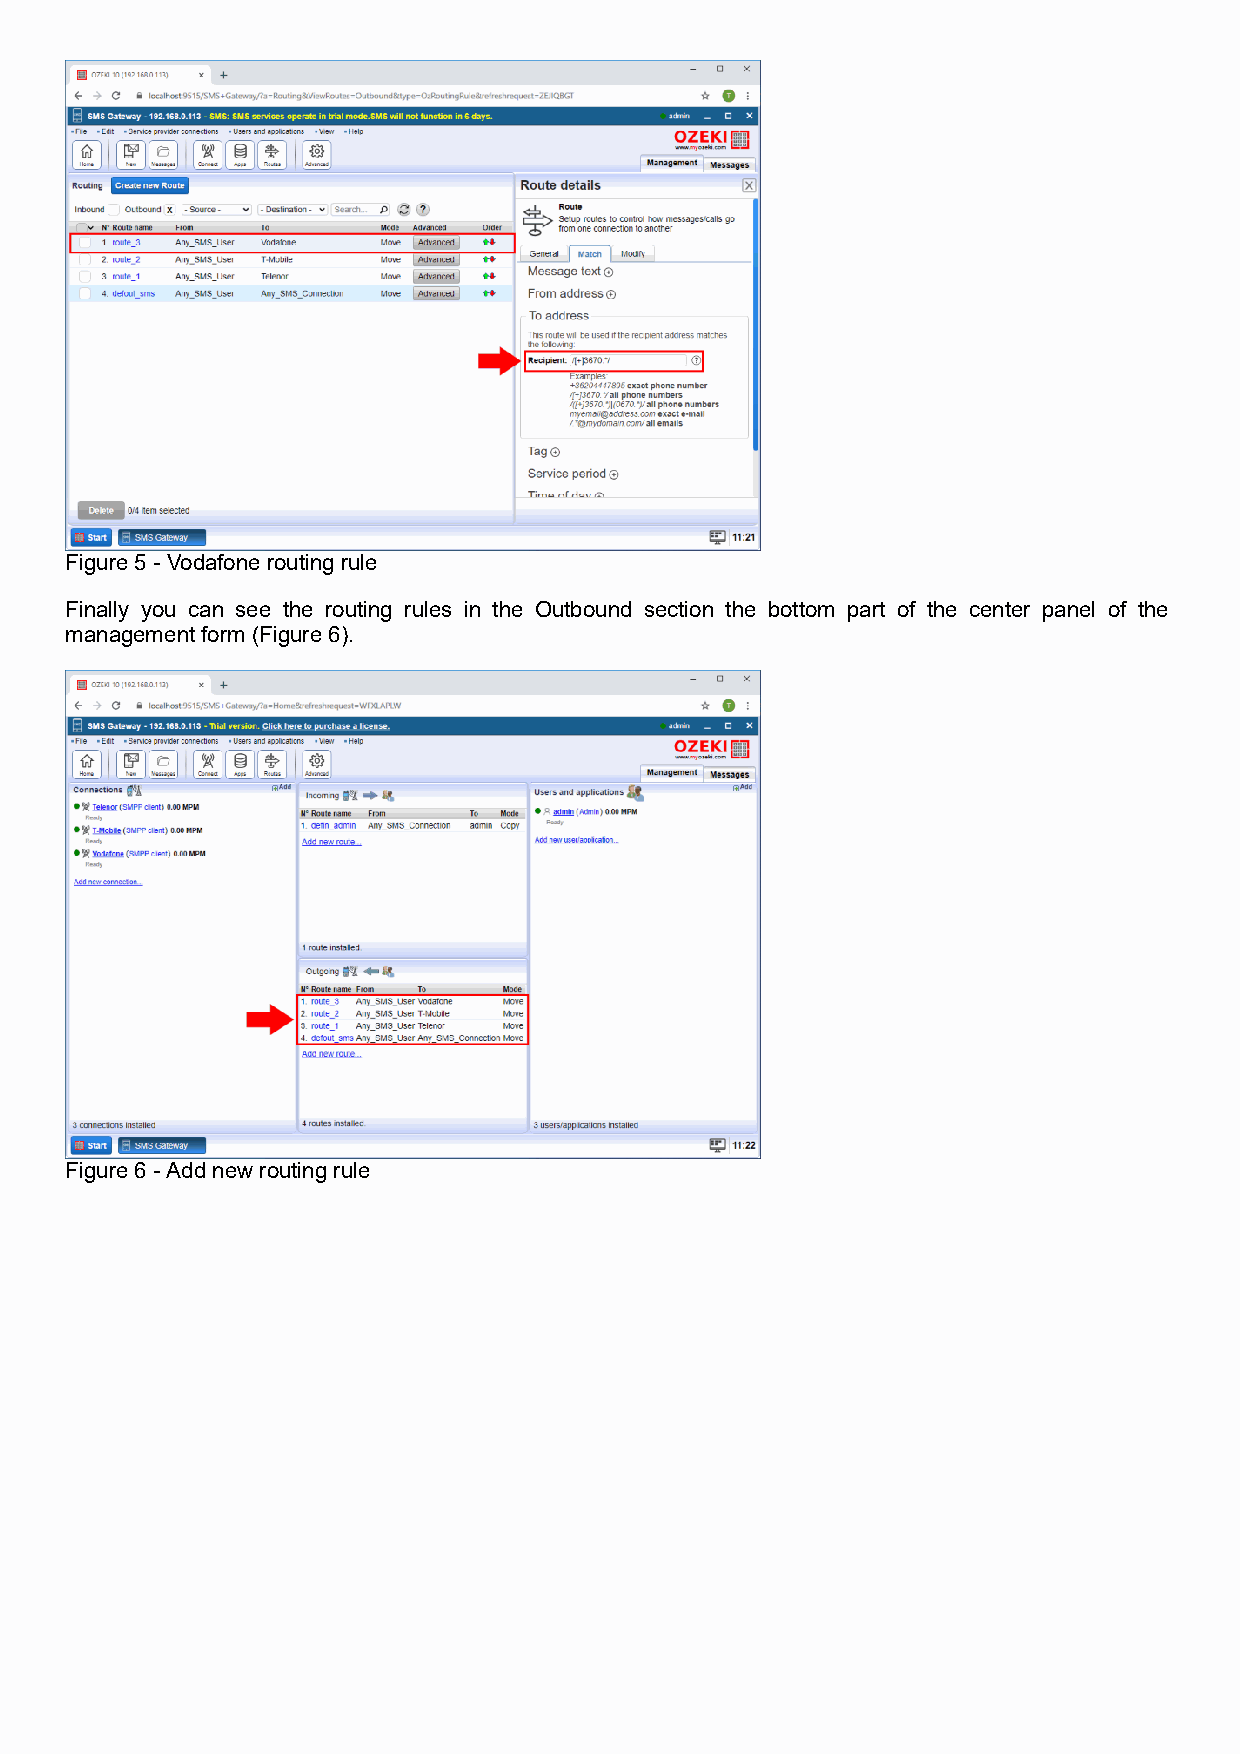
Figure 5 - Vodafone routing rule
 Finally you can see the routing rules in the Outbound section the bottom part of the center panel of the
 management form (Figure 6).
 Figure 6 - Add new routing rule